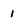
Character: 1